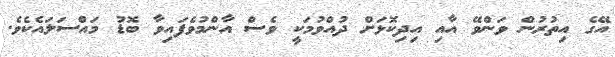
އޭގެ އިތުރުން ވަންވޭ އާއި އިދިކޮޅަށް ދުއްވުމަކީ ވެސް އާންމުވެފައިވާ ބޮޑު މައްސަލައެކެވެ.